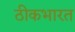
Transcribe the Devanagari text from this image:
ठीकभारत